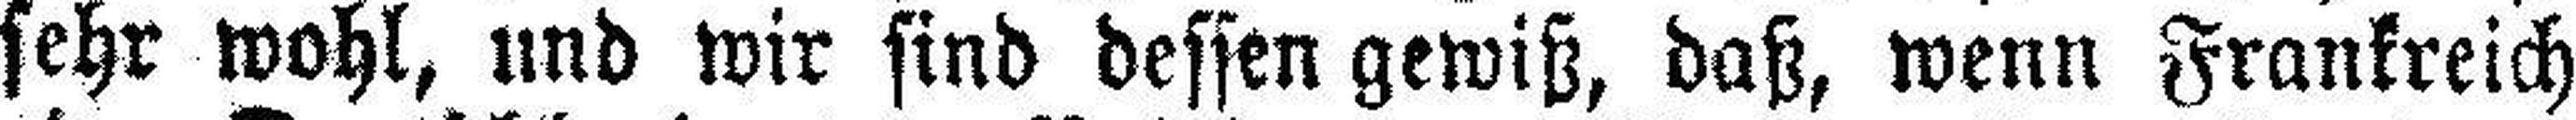
sehr wohl, und wir sind dessen gewiß, daß, wenn Frankreich